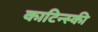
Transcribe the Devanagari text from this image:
काटिन्स्की